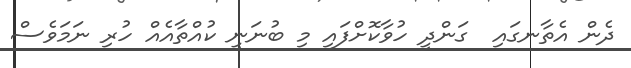
ދެން އެތާނގައި  ގަންދީ ހުވާކޮށްފައި މި ބުނަނީ ކުއްތާއެއް ހުރި ނަމަވެސް